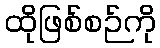
ထိုဖြစ်စဉ်ကို